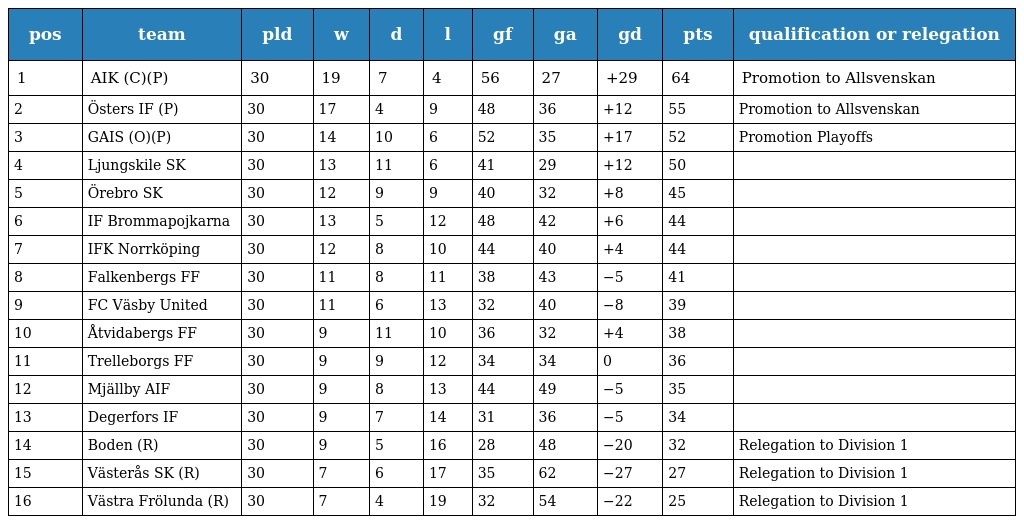
| pos | team | pld | w | d | l | gf | ga | gd | pts | qualification or relegation |
 | --- | --- | --- | --- | --- | --- | --- | --- | --- | --- | --- |
 | 1 | AIK (C)(P) | 30 | 19 | 7 | 4 | 56 | 27 | +29 | 64 | Promotion to Allsvenskan |
 | 2 | Östers IF (P) | 30 | 17 | 4 | 9 | 48 | 36 | +12 | 55 | Promotion to Allsvenskan |
 | 3 | GAIS (O)(P) | 30 | 14 | 10 | 6 | 52 | 35 | +17 | 52 | Promotion Playoffs |
 | 4 | Ljungskile SK | 30 | 13 | 11 | 6 | 41 | 29 | +12 | 50 |  |
 | 5 | Örebro SK | 30 | 12 | 9 | 9 | 40 | 32 | +8 | 45 |  |
 | 6 | IF Brommapojkarna | 30 | 13 | 5 | 12 | 48 | 42 | +6 | 44 |  |
 | 7 | IFK Norrköping | 30 | 12 | 8 | 10 | 44 | 40 | +4 | 44 |  |
 | 8 | Falkenbergs FF | 30 | 11 | 8 | 11 | 38 | 43 | −5 | 41 |  |
 | 9 | FC Väsby United | 30 | 11 | 6 | 13 | 32 | 40 | −8 | 39 |  |
 | 10 | Åtvidabergs FF | 30 | 9 | 11 | 10 | 36 | 32 | +4 | 38 |  |
 | 11 | Trelleborgs FF | 30 | 9 | 9 | 12 | 34 | 34 | 0 | 36 |  |
 | 12 | Mjällby AIF | 30 | 9 | 8 | 13 | 44 | 49 | −5 | 35 |  |
 | 13 | Degerfors IF | 30 | 9 | 7 | 14 | 31 | 36 | −5 | 34 |  |
 | 14 | Boden (R) | 30 | 9 | 5 | 16 | 28 | 48 | −20 | 32 | Relegation to Division 1 |
 | 15 | Västerås SK (R) | 30 | 7 | 6 | 17 | 35 | 62 | −27 | 27 | Relegation to Division 1 |
 | 16 | Västra Frölunda (R) | 30 | 7 | 4 | 19 | 32 | 54 | −22 | 25 | Relegation to Division 1 |